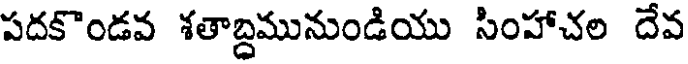
పదకొండవ శతాబ్దమునుండియు సింహాచల దేవ